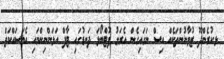
ޅ.ކުރެންދޫ ޒުވާނުންތަކެއް އިސް ނަގައިގެން އެރަށު ފުޓްބޯޅަ ދަނޑުގައި ޓާފް އަޅަންނިންމައި އެމަސައްކަތް